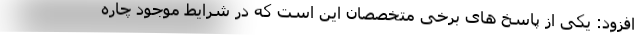
افزود: یکی از پاسخ های برخی متخصصان این است که در شرایط موجود چاره